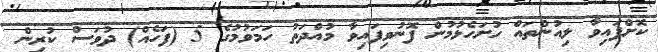
ކޮށްފައިވާ ލިއުންތައް ހުށަހެޅުމުން ފޮނުވިފައިވާ މުއްދަތު ހަމަވުމުގެ 5 (ފަހެއް) ދުވަސް ކުރިން